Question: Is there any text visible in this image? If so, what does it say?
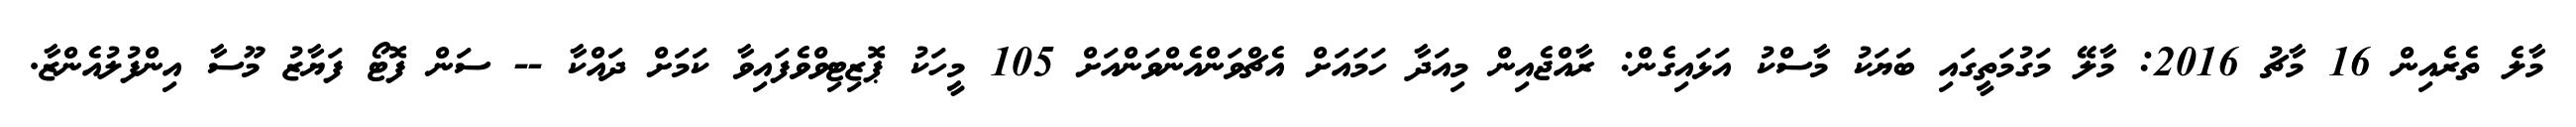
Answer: މާލެ ތެރެއިން 16 މާޗު 2016: މާލޭ މަގުމަތީގައި ބަޔަކު މާސްކު އަޅައިގެން: ރާއްޖެއިން މިއަދާ ހަމައަށް އެޗްވަންއެންވަންއަށް 105 މީހަކު ޕޮޒިޓިވްވެފައިވާ ކަމަށް ދައްކާ -- ސަން ފޮޓޯ ފަޔާޒު މޫސާ އިންފުލުއެންޒާ.